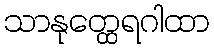
သာနုတ္ထေရဂါထာ